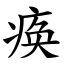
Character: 痪